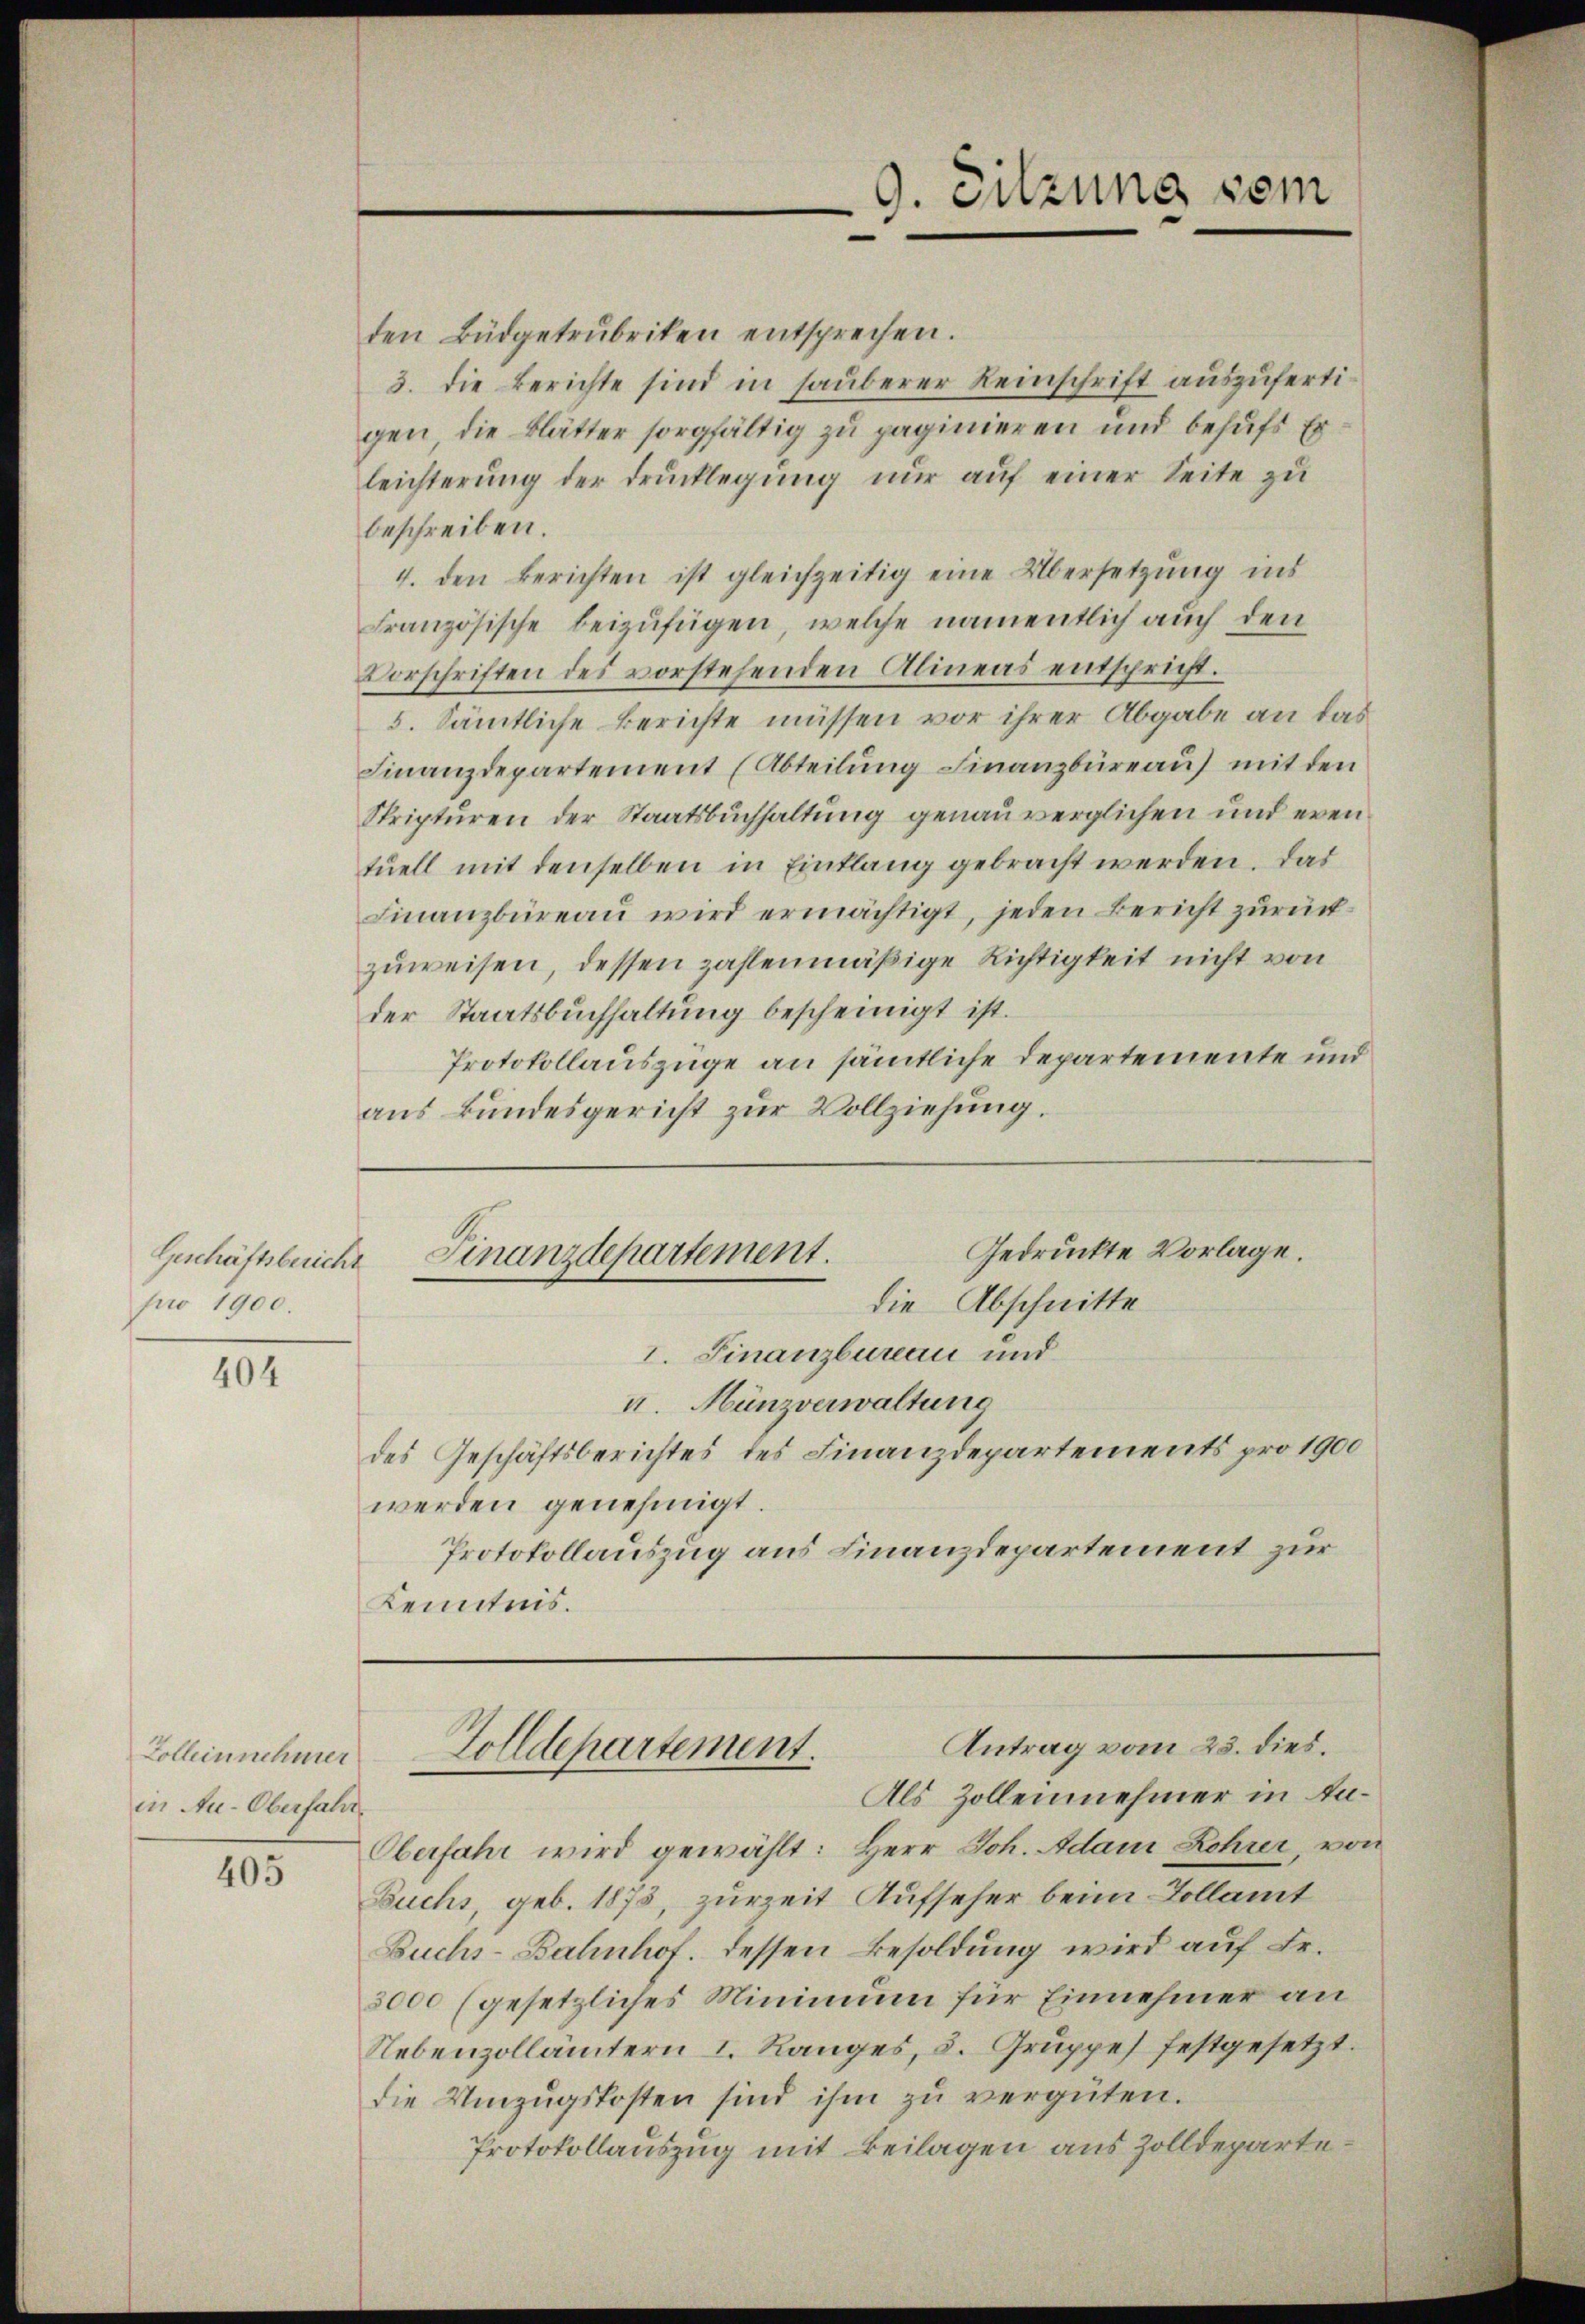
Geschäftsbericht
pro 1900.

404

Colleinnehmer
in Au-Oberfahr.

405

den Büdgetrubriken entsprechen.
3. die Berichte sind in sauberer Reinschrift auszufertigen, die Blätter sorgfältig zu paginieren und behufs Er
leichterŭng der drŭcklegŭng nŭr aŭf einer Seite zu
beschreiben.
4. den Berichten ist gleichzeitig eine Übersetzŭng ins
Französische beizufügen, welche namentlich auch den
Vorschriften des vorstehenden Alineas entspricht.
5. Sämtliche Berichte müssen vor ihrer Abgabe an das
Finanzdepartement (Abteilŭng Finanzbüreaŭ) mit den
Skripturen der Staatsbuchhaltung genau verglichen und even
tuell mit denselben in Einklang gebracht werden. Das
Finanzbüreaŭ wird ermächtigt, jeden Bericht zurückzuweisen, dessen zahlenmäßige Richtigkeit nicht von
der Staatsbuchhaltung bescheinigt ist.
Protokollauszüge an sämtliche Departemente und
aus Bundesgericht zur Vollziehung.

9. Sitzung sein

Gedruckte Vorlage.
Finanzdepartement.
die Abschnitte

I. Finanzbureau und
. Münzverwaltung
des Geschäftsberichtes des Finanzdepartements pro 1900
werden genehmigt.
Protokollauszug aus Finanzdepartement zur
Kenntnis.

Antrag vom 23. dies.
Zolldepartement.
—

Als Zollennehmer in An¬
Oberfahr wird gewählt: Herr Joh. Adam Rohner, von
Buchs, geb. 1873, zurzeit Aufseher beim Kollamt
Buchs-Bahnhof. dessen Besoldung wird auf Fr.
3000 (gesetzliches Minimum für Einnehmer an
Nebenzollämtern I. Ranges, 3. Gruppes festgesetzt.
die Umzugskosten sind ihm zŭ vergüten.
Protokollauszug mit Beilagen aus Zolldeparte¬